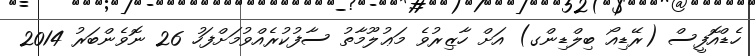
ހެޑްއޮފީސް (ރޭޑިއޯ ބިލްޑިންގ) އަށް ހާޒިރުވެ މަޢުލޫމާތު ސާފުކުރެއްވުމަށްފަހު 26 ނޮވެންބަރު 2014